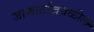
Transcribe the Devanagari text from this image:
जाकार्ताजवळील